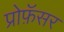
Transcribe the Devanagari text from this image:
प्रोफ़ॅसर